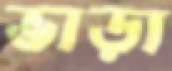
ভাড়া